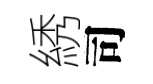
綉司